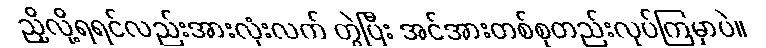
ညှိလို့ရရင်လည်းအားလုံးလက် တွဲပြီး အင်အားတစ်စုတည်းလုပ်ကြမှာပဲ။